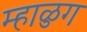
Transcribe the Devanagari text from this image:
म्हाळुग